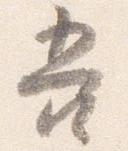
吾